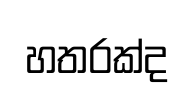
හතරක්ද